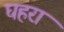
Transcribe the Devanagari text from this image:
घहरा